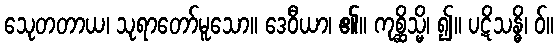
သေုတတာယ၊ သုရာတော်မူသော။ ဒေဝီယာ၊ ၏။ ကုစ္ဆိသ္မိ၊ ၍။ ပဋိသန္ဓိ၊ ဝ်။